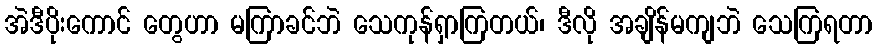
အဲဒီပိုးကောင် တွေဟာ မကြာခင်ဘဲ သေကုန်ရှာကြတယ်၊ ဒီလို အချိန်မကျဘဲ သေကြရတာ